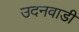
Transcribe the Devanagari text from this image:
उदनवाडी